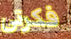
فكرتي